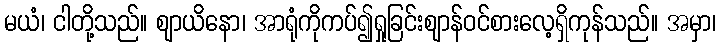
မယံ၊ ငါတို့သည်။ ဈာယိနော၊ အာရုံကိုကပ်၍ရှုခြင်းဈာန်ဝင်စားလေ့ရှိကုန်သည်။ အမှာ၊